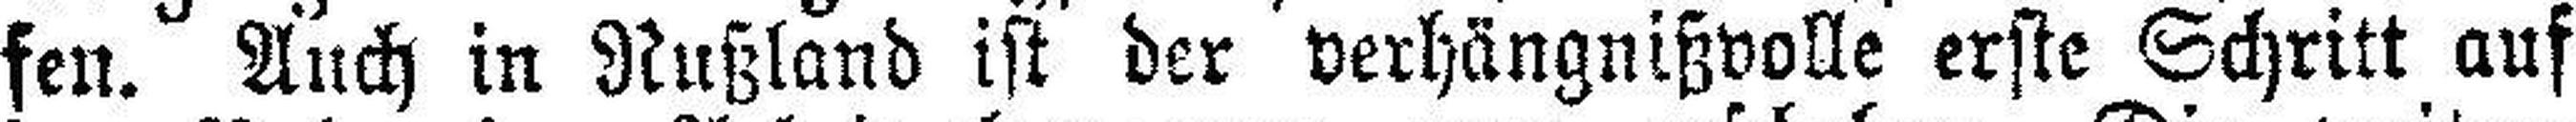
fen. Auch in Rußland ist der verhängnißvolle erste Schritt auf